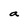
Character: a